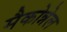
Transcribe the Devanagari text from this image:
मैकोन्नेल